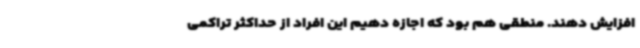
افزایش دهند. منطقی هم بود که اجازه دهیم این افراد از حداکثر تراکمی